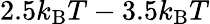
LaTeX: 2.5k_{\mathrm{B}}T-3.5k_{\mathrm{B}}T